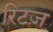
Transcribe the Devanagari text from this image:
रिटज़